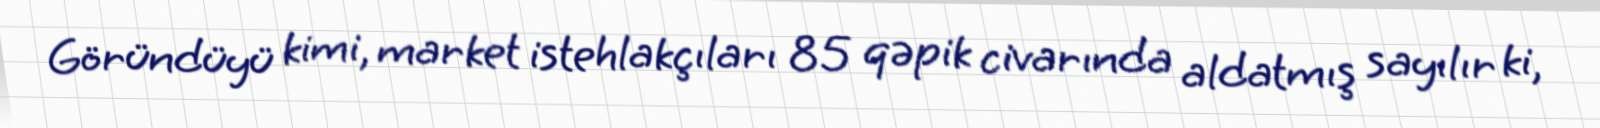
Göründüyü kimi, market istehlakçıları 85 qəpik civarında aldatmış sayılır ki,